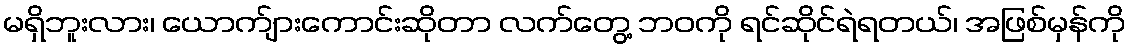
မရှိဘူးလား၊ ယောက်ျားကောင်းဆိုတာ လက်တွေ့ ဘဝကို ရင်ဆိုင်ရဲရတယ်၊ အဖြစ်မှန်ကို